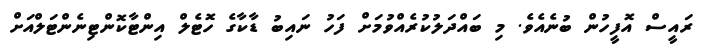
ރައީސް އޮފީހުން ބުނެއެވެ. މި ބައްދަލުކުރެއްވުމަށް ފަހު ނައިބު ޑާކާގެ ހޮޓެލް އިންޓާކޮންޓިނެންޓަލްއަށް